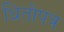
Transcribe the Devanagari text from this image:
धितोपत्र